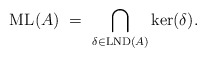
\begin{align*}{\rm ML}(A) \ = \ \bigcap_{\delta\in {\rm LND}(A)} {\rm ker}(\delta).\end{align*}